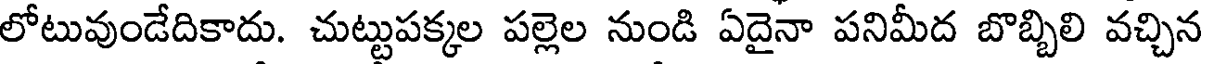
లోటువుండేదికాదు. చుట్టుపక్కల పల్లెల నుండి ఏదైనా పనిమీద బొబ్బిలి వచ్చిన